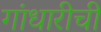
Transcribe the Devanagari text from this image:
गांधारीची